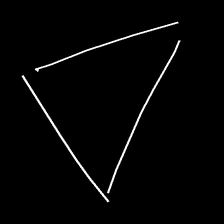
Glyph: convergence